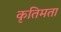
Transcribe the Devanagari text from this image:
कृतिमता